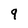
Character: q